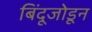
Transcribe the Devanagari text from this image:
बिंदूजोडून